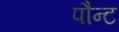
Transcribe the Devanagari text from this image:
पौन्ट